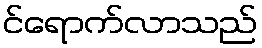
င်ရောက်လာသည်